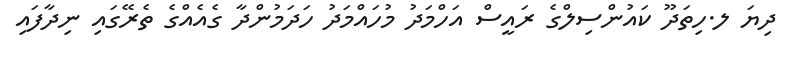
ދިޔަ ލ.ހިތަދޫ ކައުންސިލްގެ ރައީސް އަހްމަދު މުހައްމަދު ހަދަމުންދާ ގެއެއްގެ ތެރޭގައި ނިދާފައި